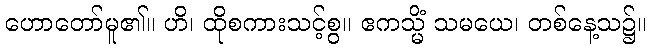
ဟောတော်မူ၏။ ဟိ၊ ထိုစကားသင့်စွ။ ဧကသ္မိံ သမယေ၊ တစ်နေ့သ၌။